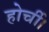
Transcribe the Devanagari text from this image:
होर्ची।